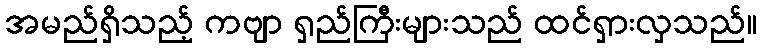
အမည်ရှိသည့် ကဗျာ ရှည်ကြီးများသည် ထင်ရှားလှသည်။